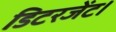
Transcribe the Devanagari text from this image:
डिटरजेंट।